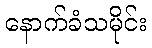
နောက်ခံသမိုင်း